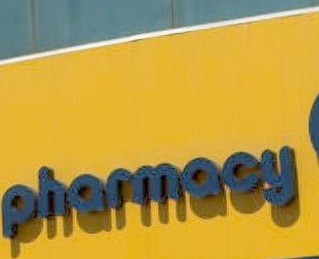
sherinen